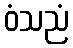
ဝံသညံ